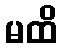
မထိ